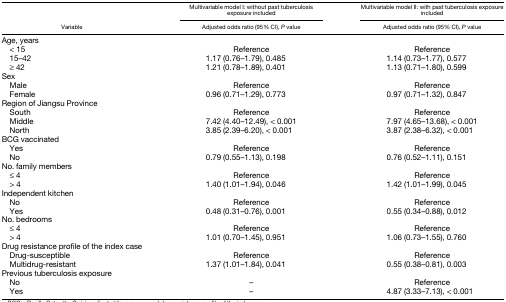
<table><thead><tr><td rowspan="2"><b>Variable</b></td><td><b>Multivariable model I: without past tuberculosis exposure included</b></td><td><b>Multivariable model II: with past tuberculosis exposure included</b></td></tr><tr><td><b>Adjusted odds ratio (95% CI), <i>P</i> value</b></td><td><b>Adjusted odds ratio (95% CI), <i>P</i> value</b></td></tr></thead><tbody><tr><td>Age, years</td><td></td><td></td></tr><tr><td> &lt; 15</td><td>Reference</td><td>Reference</td></tr><tr><td> 15–42</td><td>1.17 (0.76–1.79), 0.485</td><td>1.14 (0.73–1.77), 0.577</td></tr><tr><td> ≥ 42</td><td>1.21 (0.78–1.89), 0.401</td><td>1.13 (0.71–1.80), 0.599</td></tr><tr><td>Sex</td><td></td><td></td></tr><tr><td> Male</td><td>Reference</td><td>Reference</td></tr><tr><td> Female</td><td>0.96 (0.71–1.29), 0.773</td><td>0.97 (0.71–1.32), 0.847</td></tr><tr><td>Region of Jiangsu Province</td><td></td><td></td></tr><tr><td> South</td><td>Reference</td><td>Reference</td></tr><tr><td> Middle</td><td>7.42 (4.40–12.49), &lt; 0.001</td><td>7.97 (4.65–13.68), &lt; 0.001</td></tr><tr><td> North</td><td>3.85 (2.39–6.20), &lt; 0.001</td><td>3.87 (2.38–6.32), &lt; 0.001</td></tr><tr><td>BCG vaccinated</td><td></td><td></td></tr><tr><td> Yes</td><td>Reference</td><td>Reference</td></tr><tr><td> No</td><td>0.79 (0.55–1.13), 0.198</td><td>0.76 (0.52–1.11), 0.151</td></tr><tr><td>No. family members</td><td></td><td></td></tr><tr><td> ≤ 4</td><td>Reference</td><td>Reference</td></tr><tr><td> &gt; 4</td><td>1.40 (1.01–1.94), 0.046</td><td>1.42 (1.01–1.99), 0.045</td></tr><tr><td>Independent kitchen</td><td></td><td></td></tr><tr><td> No</td><td>Reference</td><td>Reference</td></tr><tr><td> Yes</td><td>0.48 (0.31–0.76), 0.001</td><td>0.55 (0.34–0.88), 0.012</td></tr><tr><td>No. bedrooms</td><td></td><td></td></tr><tr><td> ≤ 4</td><td>Reference</td><td>Reference</td></tr><tr><td> &gt; 4</td><td>1.01 (0.70–1.45), 0.951</td><td>1.06 (0.73–1.55), 0.760</td></tr><tr><td>Drug resistance profile of the index case</td><td></td><td></td></tr><tr><td> Drug-susceptible</td><td>Reference</td><td>Reference</td></tr><tr><td> Multidrug-resistant</td><td>1.37 (1.01–1.84), 0.041</td><td>0.55 (0.38–0.81), 0.003</td></tr><tr><td>Previous tuberculosis exposure</td><td></td><td></td></tr><tr><td> No</td><td>–</td><td>Reference</td></tr><tr><td> Yes</td><td>–</td><td>4.87 (3.33–7.13), &lt; 0.001</td></tr></tbody></table>